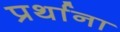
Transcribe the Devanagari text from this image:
प्रर्थाना